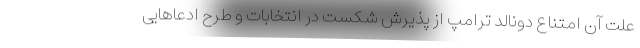
علت آن امتناع دونالد ترامپ از پذیرش شکست در انتخابات و طرح ادعاهایی